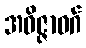
အဝိဇ္ဇာဝဂ်